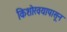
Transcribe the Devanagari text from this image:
किशोरवयापासून